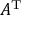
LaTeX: A ^ { \mathrm { T } }